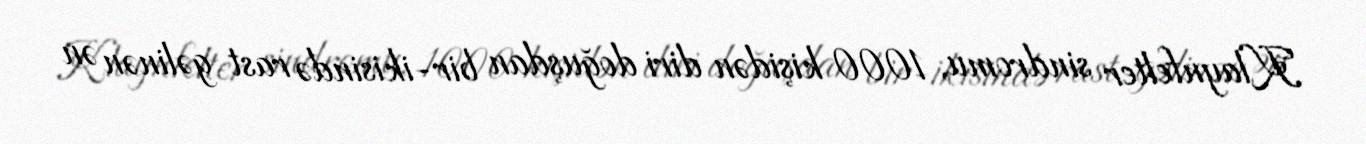
Klaynfelter sindromu, 1000 kişidən diri doğuşdan bir-ikisində rast gəlinən ən